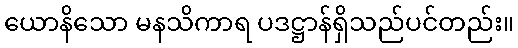
ယောနိသော မနသိကာရ ပဒဋ္ဌာန်ရှိသည်ပင်တည်း။